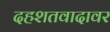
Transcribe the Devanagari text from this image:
दहशतवादावर